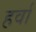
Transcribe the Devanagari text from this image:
हर्वा